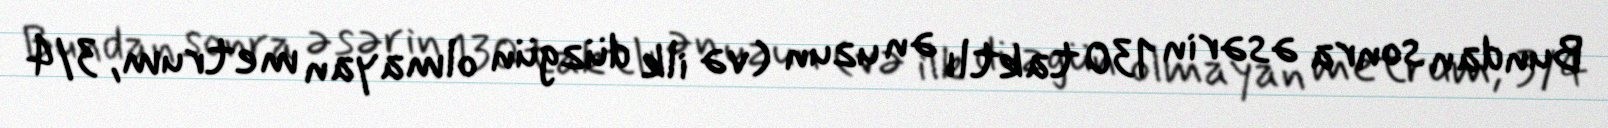
Bundan sonra əsərin 130 taktlı ən uzun (və ilk düzgün olmayan metrum, 3/4